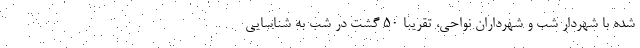
شده با شهردار شب و شهرداران نواحی، تقریبا ۵۰ گشت در شب به شناسایی